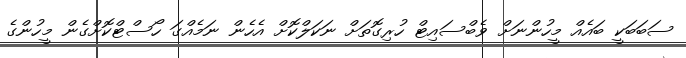
ސަބަބަކީ ބައެއް މީހުންނަށް ވެބްސައިޓް ހުރިގޮތަށް ނަކަލްކޮށް އެހެން ނަމެއްގަ ހޯސްޓްކޮށްގެން މީހުންގެ